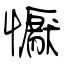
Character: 懨